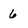
Character: 6